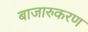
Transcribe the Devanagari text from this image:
बाजारुकरण